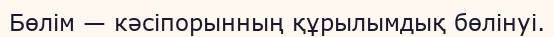
Бөлім — кәсіпорынның құрылымдық бөлінуі.